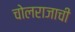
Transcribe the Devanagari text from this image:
चोलराजाची